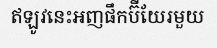
ឥឡូវនេះអញផឹកប៊ីយែរមួយ